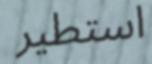
استطير